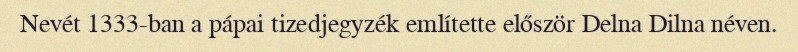
Nevét 1333-ban a pápai tizedjegyzék említette először Delna Dilna néven.